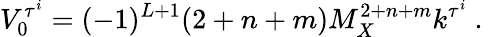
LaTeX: V_{0}^{\tau^{i}}=(-1)^{L+1}(2+n+m)M_{X}^{2+n+m}k^{\tau^{i}}~.~\,